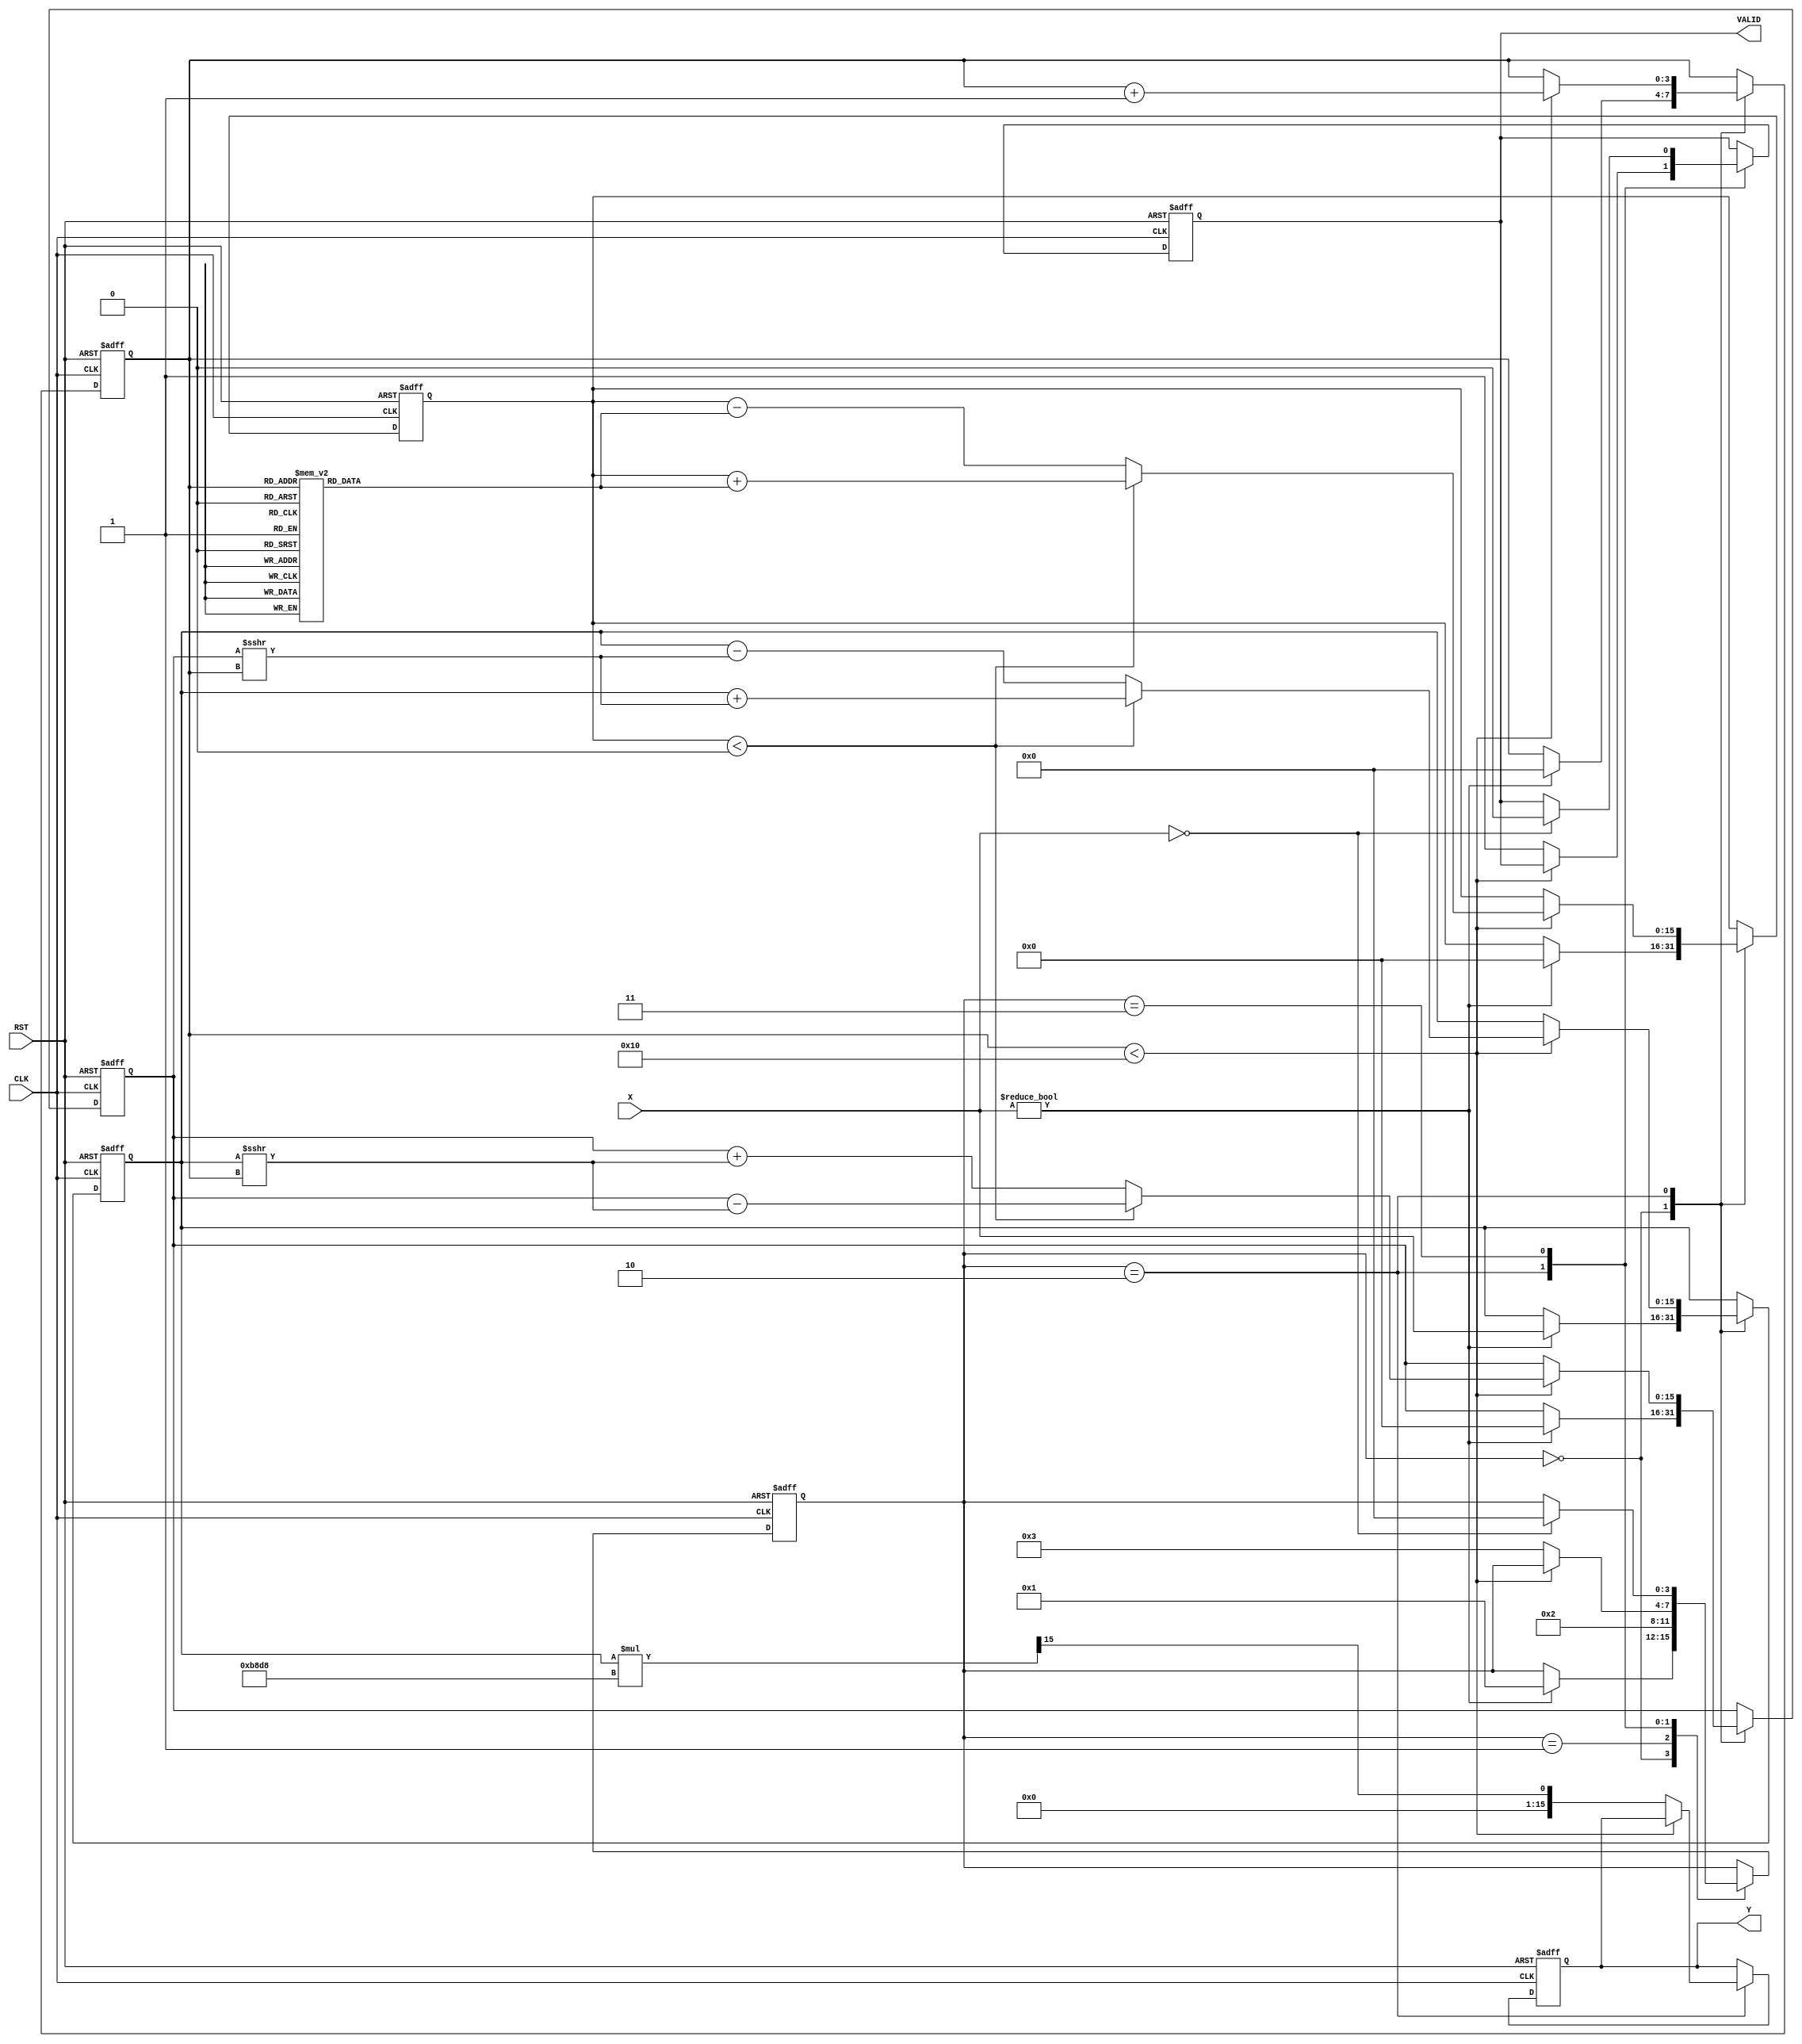
module cordic_reciprocal (
    input wire [15:0] X,      // Input data (fixed-point representation)
    input wire CLK,           // Clock signal
    input wire RST,           // Reset signal
    output reg [15:0] Y,      // Output data (reciprocal)
    output reg VALID          // Output valid signal
);

    // Parameters
    parameter NUM_ITERATIONS = 16; // Number of CORDIC iterations
    parameter CORDIC_GAIN = 16'hB8D8; // Approximate CORDIC gain (fixed-point)
    
    // Internal registers
    reg [15:0] z;              // Angle accumulator
    reg [15:0] x;              // X accumulator
    reg [15:0] y;              // Y accumulator
    reg [3:0] state;           // State machine state
    reg [3:0] iteration;       // Iteration counter

    // State machine states
    localparam IDLE = 4'b0000;
    localparam INIT = 4'b0001;
    localparam ITERATE = 4'b0010;
    localparam FINALIZE = 4'b0011;

    // Angle lookup table for CORDIC (in fixed-point)
    reg [15:0] atan_table [0:NUM_ITERATIONS-1];
    initial begin
        atan_table[0] = 16'h2000; // atan(2^0)
        atan_table[1] = 16'h1000; // atan(2^-1)
        atan_table[2] = 16'h0800; // atan(2^-2)
        atan_table[3] = 16'h0400; // atan(2^-3)
        atan_table[4] = 16'h0200; // atan(2^-4)
        atan_table[5] = 16'h0100; // atan(2^-5)
        atan_table[6] = 16'h0080; // atan(2^-6)
        atan_table[7] = 16'h0040; // atan(2^-7)
        atan_table[8] = 16'h0020; // atan(2^-8)
        atan_table[9] = 16'h0010; // atan(2^-9)
        atan_table[10] = 16'h0008; // atan(2^-10)
        atan_table[11] = 16'h0004; // atan(2^-11)
        atan_table[12] = 16'h0002; // atan(2^-12)
        atan_table[13] = 16'h0001; // atan(2^-13)
        atan_table[14] = 16'h0001; // atan(2^-14)
        atan_table[15] = 16'h0000; // atan(2^-15)
    end

    // State machine
    always @(posedge CLK or posedge RST) begin
        if (RST) begin
            state <= IDLE;
            VALID <= 0;
            iteration <= 0;
            x <= 0;
            y <= 0;
            z <= 0;
            Y <= 0;
        end else begin
            case (state)
                IDLE: begin
                    if (X != 0) begin
                        // Initialize values
                        x <= X;
                        y <= 16'h0000; // Start with y = 0
                        z <= 16'h0000; // Start with z = 0
                        iteration <= 0;
                        state <= INIT;
                    end
                end

                INIT: begin
                    // Prepare for iterations
                    state <= ITERATE;
                end

                ITERATE: begin
                    if (iteration < NUM_ITERATIONS) begin
                        // Perform CORDIC rotation
                        if (z < 0) begin
                            // Rotate clockwise
                            x <= x + (y >>> iteration);
                            y <= y - (x >>> iteration);
                            z <= z + atan_table[iteration];
                        end else begin
                            // Rotate counter-clockwise
                            x <= x - (y >>> iteration);
                            y <= y + (x >>> iteration);
                            z <= z - atan_table[iteration];
                        end
                        iteration <= iteration + 1;
                    end else begin
                        // Finalize output
                        Y <= (x * CORDIC_GAIN) >>> 15; // Scale the result
                        VALID <= 1;
                        state <= FINALIZE;
                    end
                end

                FINALIZE: begin
                    // Wait for next input
                    if (X == 0) begin
                        VALID <= 0;
                        state <= IDLE;
                    end
                end
            endcase
        end
    end
endmodule